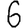
Digit: 6